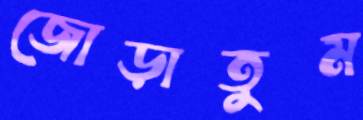
জোড়াতুম